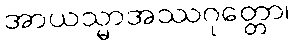
အာယသ္မာအဿဂုတ္တော၊